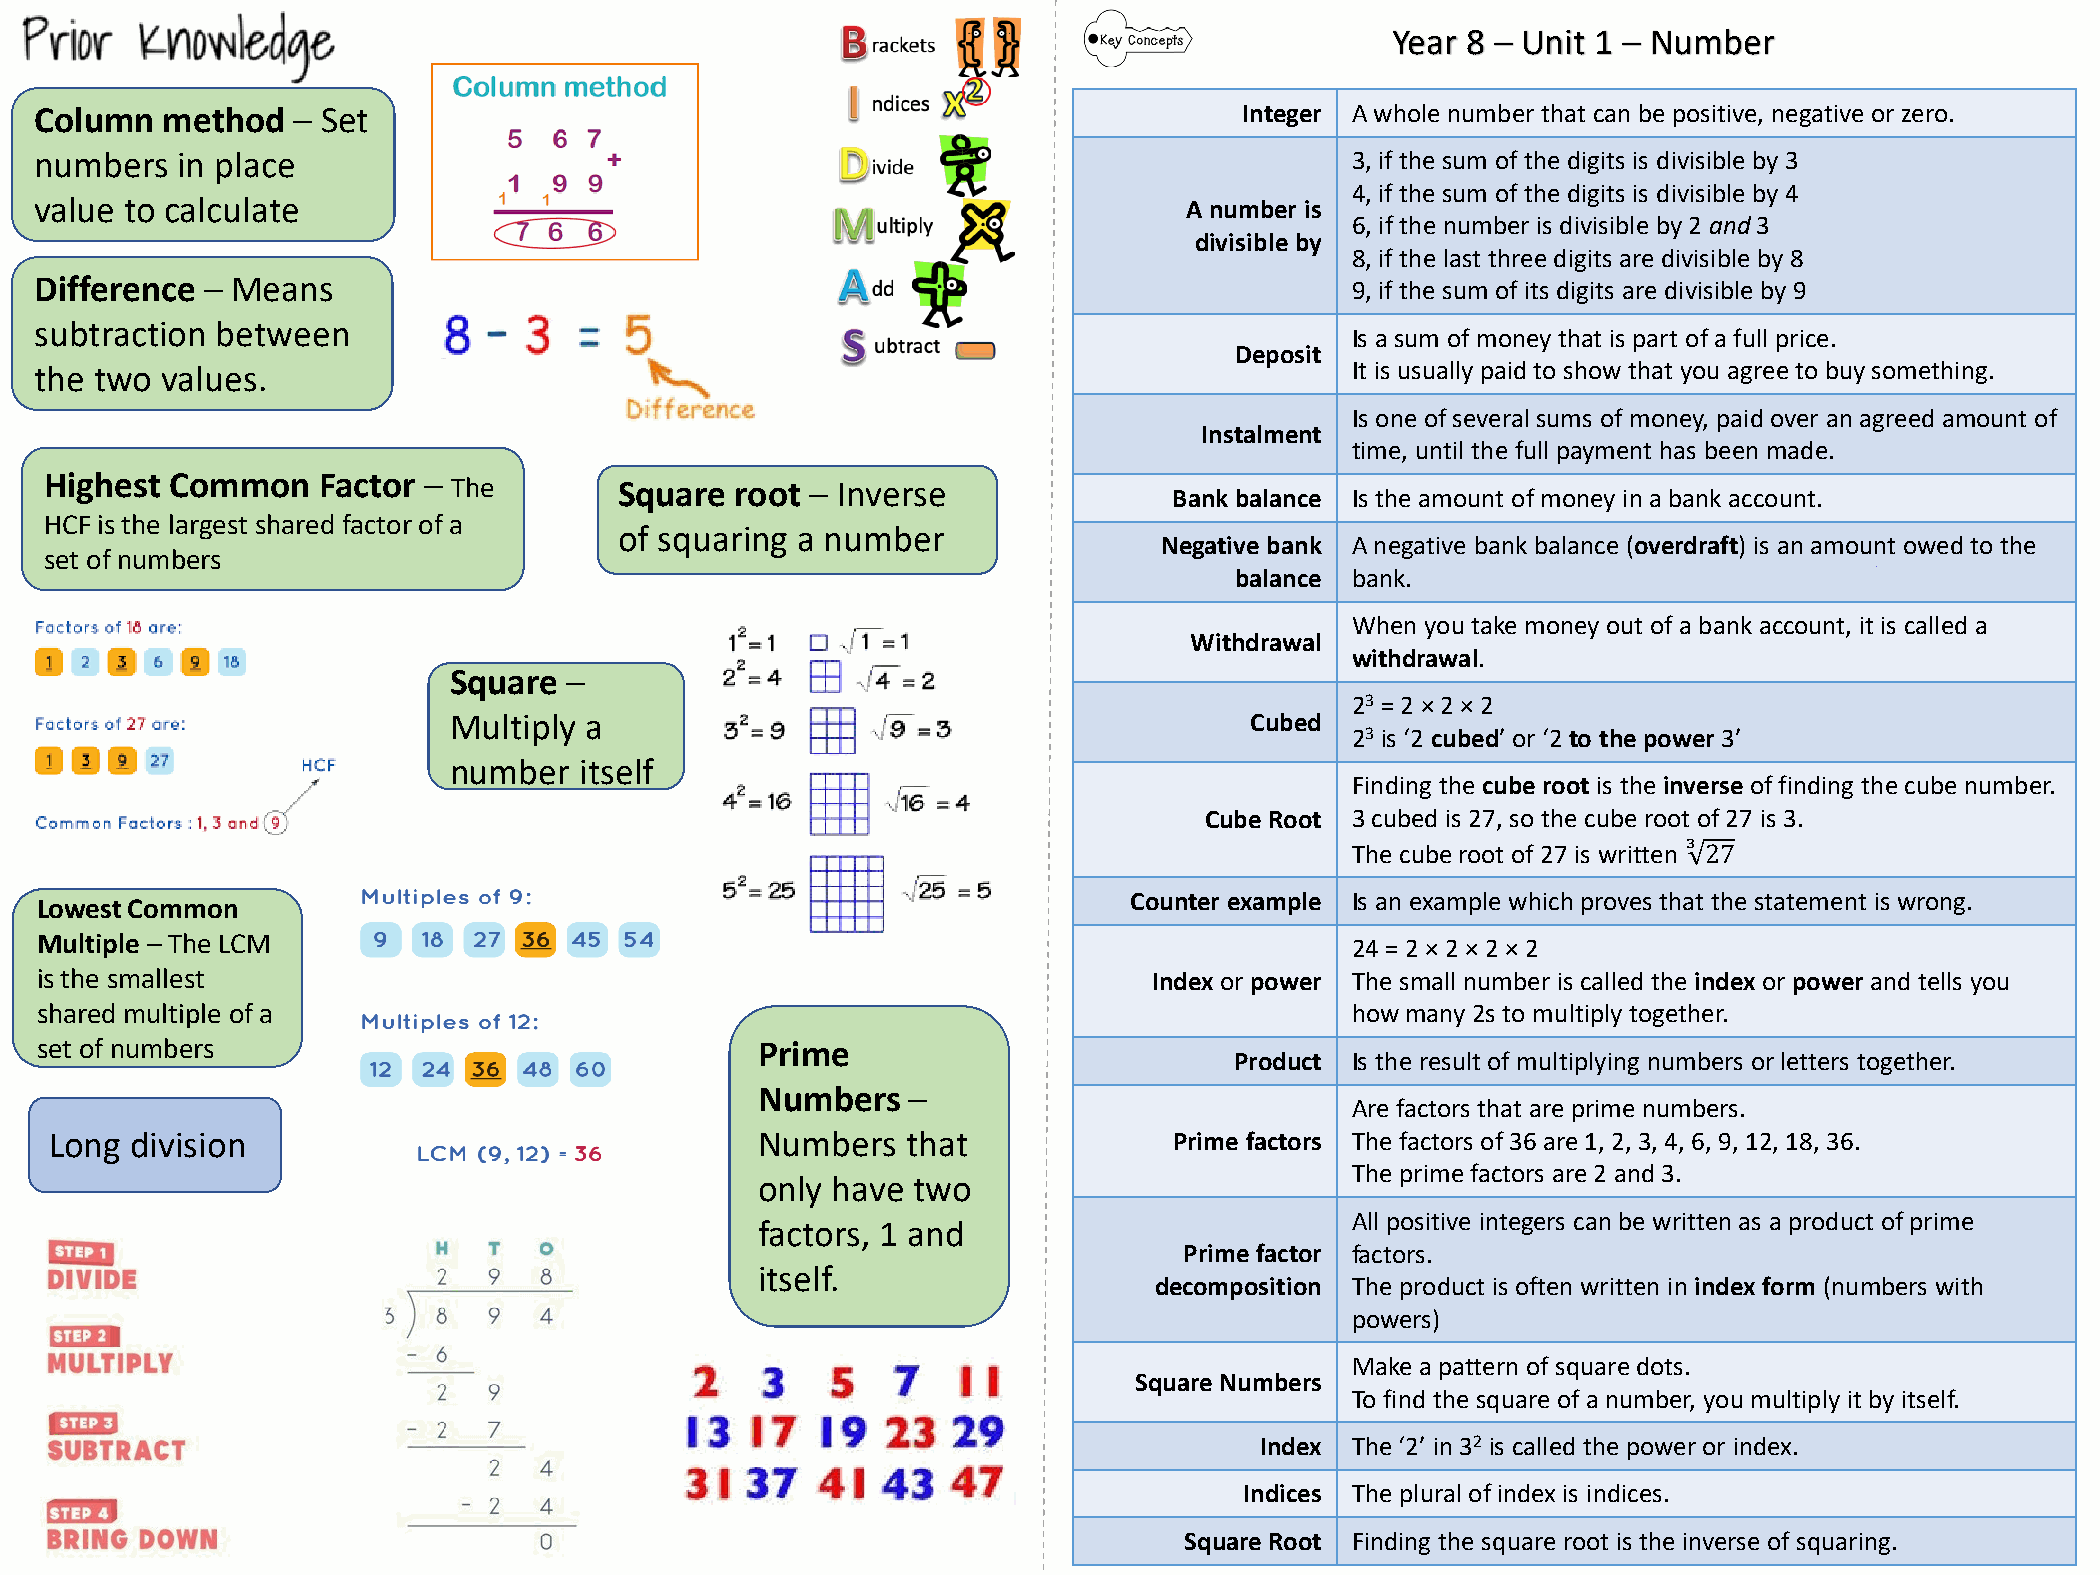
Year 8 – Unit 1 – Number
 Column   method  – Set                                                          Integer A whole number that can be positive, negative or zero.
 numbers   in place                                                                     3, if the sum of the digits is divisible by 3
 4, if the sum of the digits is divisible by 4
 value to calculate                                                           A number is
 6, if the number is divisible by 2 and3
 divisible by
 8, if the last three digits are divisible by 8
 Difference – Means                                                                     9, if the sum of its digits are divisible by 9
 subtraction between
 Is a sum of money that is part of a full price.
 Deposit
 the two  values.                                                                       It is usually paid to show that you agree to buy something.
 Is one of several sums of money, paid over an agreed amount of
 Instalment
 time, until the full payment has been made.
 Highest Common    Factor – The        Square  root – Inverse
 Bank balance Is the amount of money in a bank account.
 HCF is the largest shared factor of a
 of squaring a number
 Negative bank A negative bank balance (overdraft) is an amount owed to the
 set of numbers
 balance bank.
 When you take money out of a bank account, it is called a
 Withdrawal
 withdrawal.
 Square –
 23 = 2 × 2 × 2
 Multiply a                                           Cubed
 23 is ‘2 cubed’ or ‘2 to the power 3’
 number  itself
 Finding the cube root is the inverse of finding the cube number.
 Cube Root 3 cubed is 27, so the cube root of 27 is 3.
 The cube root of 27 is written
 3
 Lowest Common                                                            Counter example Is an example which proves that 2t 7he statement is wrong.
 Multiple – The LCM                                                                     24 = 2 × 2 × 2 × 2
 is the smallest                                                           Index or power The small number is called the index or power and tells you
 shared multiple of a                                                                   how many 2s to multiply together.
 set of numbers                                  Prime
 Product Is the result of multiplying numbers or letters together.
 Numbers   –
 Are factors that are prime numbers.
 Long  division                                 Numbers   that              Prime factors The factors of 36 are 1, 2, 3, 4, 6, 9, 12, 18, 36.
 The prime factors are 2 and 3.
 only have two
 All positive integers can be written as a product of prime
 factors, 1 and
 Prime factor factors.
 itself.
 decomposition The product is often written in index form (numbers with
 powers)
 Make a pattern of square dots.
 Square Numbers
 To find the square of a number, you multiply it by itself.
 Index The ‘2’ in 32 is called the power or index.
 Indices The plural of index is indices.
 Square Root Finding the square root is the inverse of squaring.